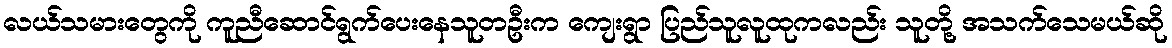
လယ်သမားတွေကို ကူညီဆောင်ရွက်ပေးနေသူတဦးက ကျေးရွာ ပြည်သူလူထုကလည်း သူတို့ အသက်သေမယ်ဆို